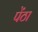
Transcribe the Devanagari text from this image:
पेंठा